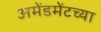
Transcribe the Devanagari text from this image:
अमेंडमेंटच्या